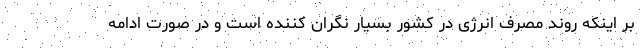
بر اینکه روند مصرف انرژی در کشور بسیار نگران کننده است و در صورت ادامه